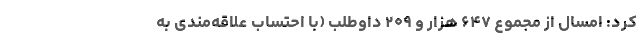
کرد: امسال از مجموع ۶۴۷ هزار و ۲۰۹ داوطلب (با احتساب علاقه‌مندی به